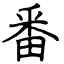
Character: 番